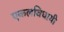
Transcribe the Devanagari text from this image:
एकलविधायी